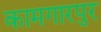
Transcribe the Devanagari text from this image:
कामगारपुर